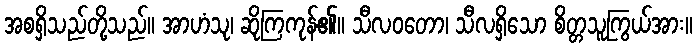
အစရှိသည်တို့သည်။ အာဟံသု၊ ဆိုကြကုန်၏။ သီလဝတော၊ သီလရှိသော စိတ္တသူကြွယ်အား။